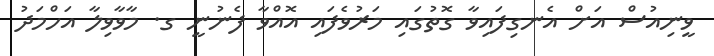
ވީނިއުސް އަށް އެނގިފައިވާ ގޮތުގައި މަރުވެފައި އޮއްވާ ފެނުނީ ގ. މާވާވިލާ އަހްމަދު